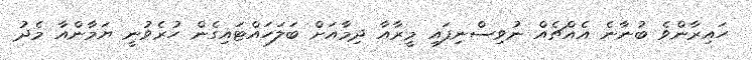
ހައިރާންވެ ބުނާނެ އެއްޗެއް ނުވިސްނިފައި މީރާއާ ދިމާއަށް ބަލަހައްޓައިގެން ހުރެވުނީ ޔަމާންއާ މެދު